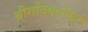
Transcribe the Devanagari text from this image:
श्रीगोंदवलेकर